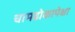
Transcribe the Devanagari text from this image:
चामढोकापेक्षा